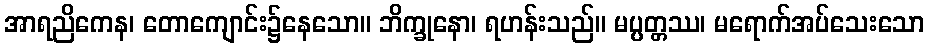
အာရညိကေန၊ တောကျောင်း၌နေသော။ ဘိက္ခုနော၊ ရဟန်းသည်။ မပ္ပတ္တဿ၊ မရောက်အပ်သေးသော